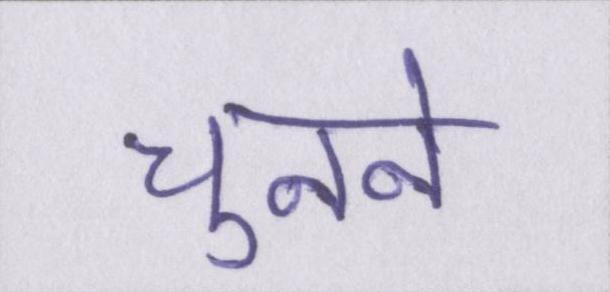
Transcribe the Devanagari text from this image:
चुनने